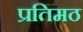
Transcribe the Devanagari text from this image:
प्रतिमठ